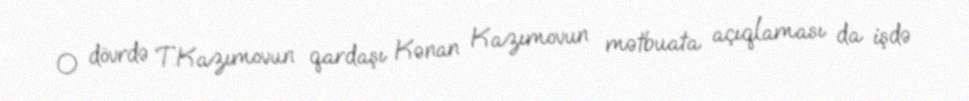
O dövrdə T.Kazımovun qardaşı Kənan Kazımovun mətbuata açıqlaması da işdə